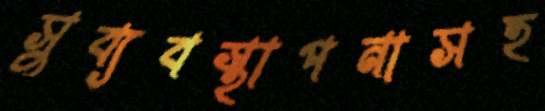
সুব্যবস্থাপনাসহ